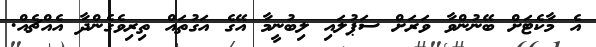
އެ މާކެޓަށް ބޭނުންވާ ވަރަށް ސަޕުލައި ލިބުނީމާ އޭގެ އަގުތައް ތިރިވެގެންދާ އެއްޗެއް.